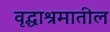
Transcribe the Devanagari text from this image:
वृद्धाश्रमातील